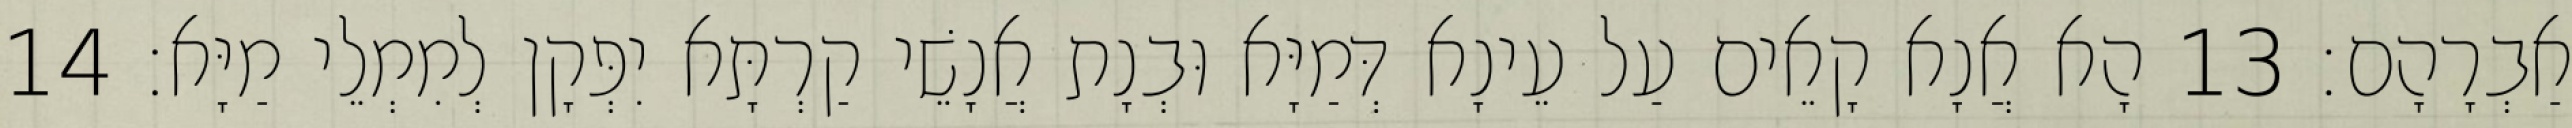
אַבְרָהָם׃ 13 הָא אֲנָא קָאֵים עַל עֵינָא דְּמַיָּא וּבְנָת אֲנָשֵׁי קַרְתָּא יִפְּקָן לְמִמְלֵי מַיָּא׃ 14